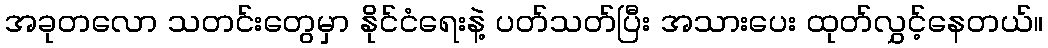
အခုတလော သတင်းတွေမှာ နိုင်ငံရေးနဲ့ ပတ်သတ်ပြီး အသားပေး ထုတ်လွှင့်နေတယ်။